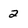
Character: 2